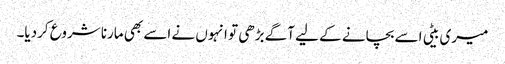
میری بیٹی اسے بچانے کے لیے آگے بڑھی تو انہوں نے اسے بھی مارنا شروع کردیا۔